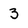
Character: 3